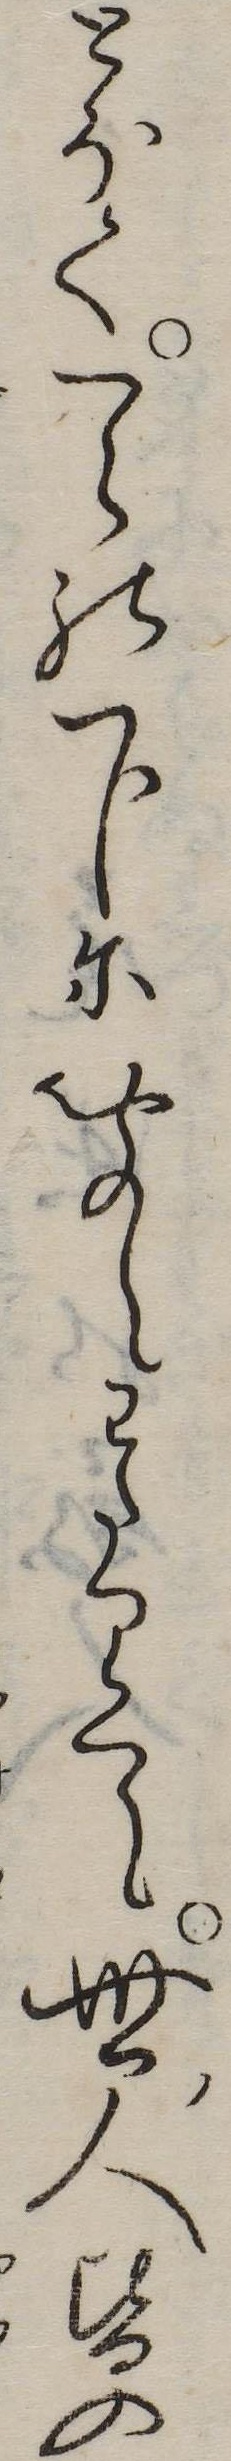
とほく天の下に聞えわたりて世人皆の